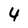
Character: 4